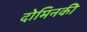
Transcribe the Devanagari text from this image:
दोमिनकी